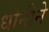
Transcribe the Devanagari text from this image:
धोनीने